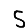
Digit: 5